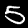
Label: 5